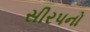
સીરપનો